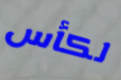
لكأس